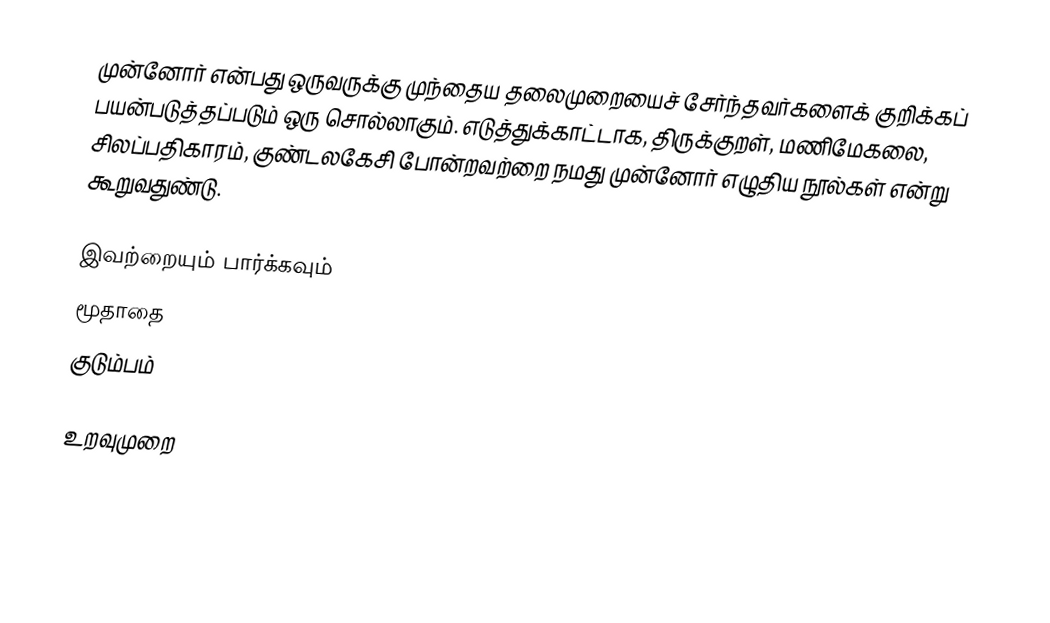
முன்னோர் என்பது ஒருவருக்கு முந்தைய தலைமுறையைச் சேர்ந்தவர்களைக் குறிக்கப் பயன்படுத்தப்படும் ஒரு சொல்லாகும். எடுத்துக்காட்டாக, திருக்குறள், மணிமேகலை, சிலப்பதிகாரம், குண்டலகேசி போன்றவற்றை நமது முன்னோர் எழுதிய நூல்கள் என்று கூறுவதுண்டு.

இவற்றையும் பார்க்கவும்
மூதாதை
குடும்பம்

உறவுமுறை